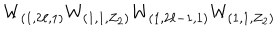
LaTeX: W _ { ( 1 , 2 \ell , 1 ) } W _ { ( 1 , 1 , Z _ { 2 } ) } W _ { ( 1 , 2 \ell - 1 , 1 ) } W _ { ( 1 , 1 , Z _ { 2 } ) }